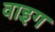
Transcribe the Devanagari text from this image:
वाइग